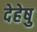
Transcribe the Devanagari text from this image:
देहेषु